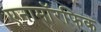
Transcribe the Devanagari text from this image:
एनामॉरफिक